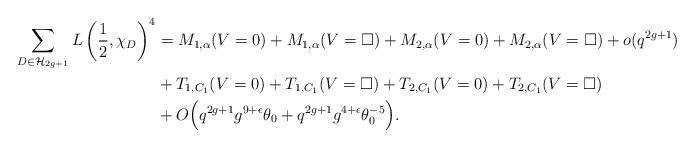
LaTeX: \begin{align*}\sum_{D \in \mathcal{H}_{2g+1}} L \left( \frac{1}{2} , \chi_D \right)^4 &= M_{1,\alpha}(V=0)+M_{1,\alpha}(V=\square)+M_{2,\alpha}(V=0)+M_{2,\alpha}(V=\square)+ o(q^{2g+1}) \\&+ T_{1,C_1}(V=0)+T_{1,C_1}(V=\square)+T_{2,C_1}(V=0)+T_{2,C_1}(V=\square) \\&+O\Big(q^{2g+1} g^{9+\epsilon} \theta_0+ q^{2g+1} g^{4+\epsilon} \theta_0^{-5} \Big). \end{align*}